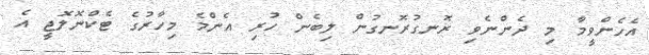
އެހެންވީމާ މި ދެންނެވި ރޮނގުރޮނގުން ލިބެން ހުރި އެންމެ މިހާރުގެ ޓެކްނޮލޮޖީ އެ